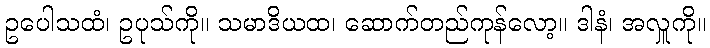
ဥပေါသထံ၊ ဥပုသ်ကို။ သမာဒိယထ၊ ဆောက်တည်ကုန်လော့။ ဒါနံ၊ အလှူကို။